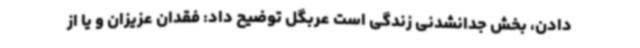
دادن، بخش جدانشدنی زندگی است عربگل توضیح داد: فقدان عزیزان و یا از